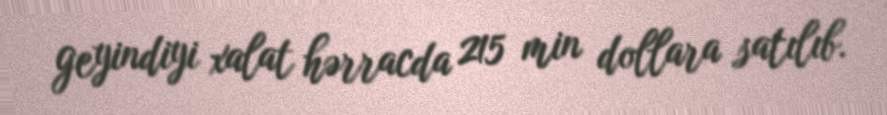
geyindiyi xalat hərracda 215 min dollara satılıb.